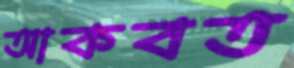
আকবত